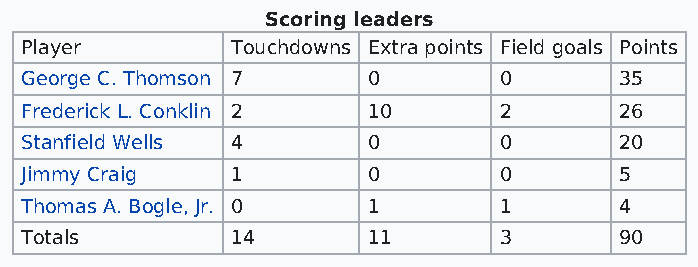
Scoring leaders
 Player        Touchdowns Extra points Field goals Points
 George C. Thomson 7    0        0       35
 Frederick L. Conklin 2 10       2       26
 Stanfield Wells 4      0        0       20
 Jimmy Craig   1        0        0       5
 Thomas A. Bogle, Jr. 0 1        1       4
 Totals        14       11       3       90